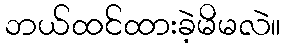
ဘယ်ထင်ထားခဲ့မိမလဲ။